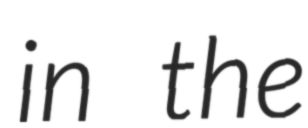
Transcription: in the